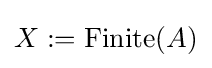
X:=\operatorname {Finite} (A)